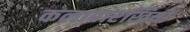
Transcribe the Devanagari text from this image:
कलापारखियों